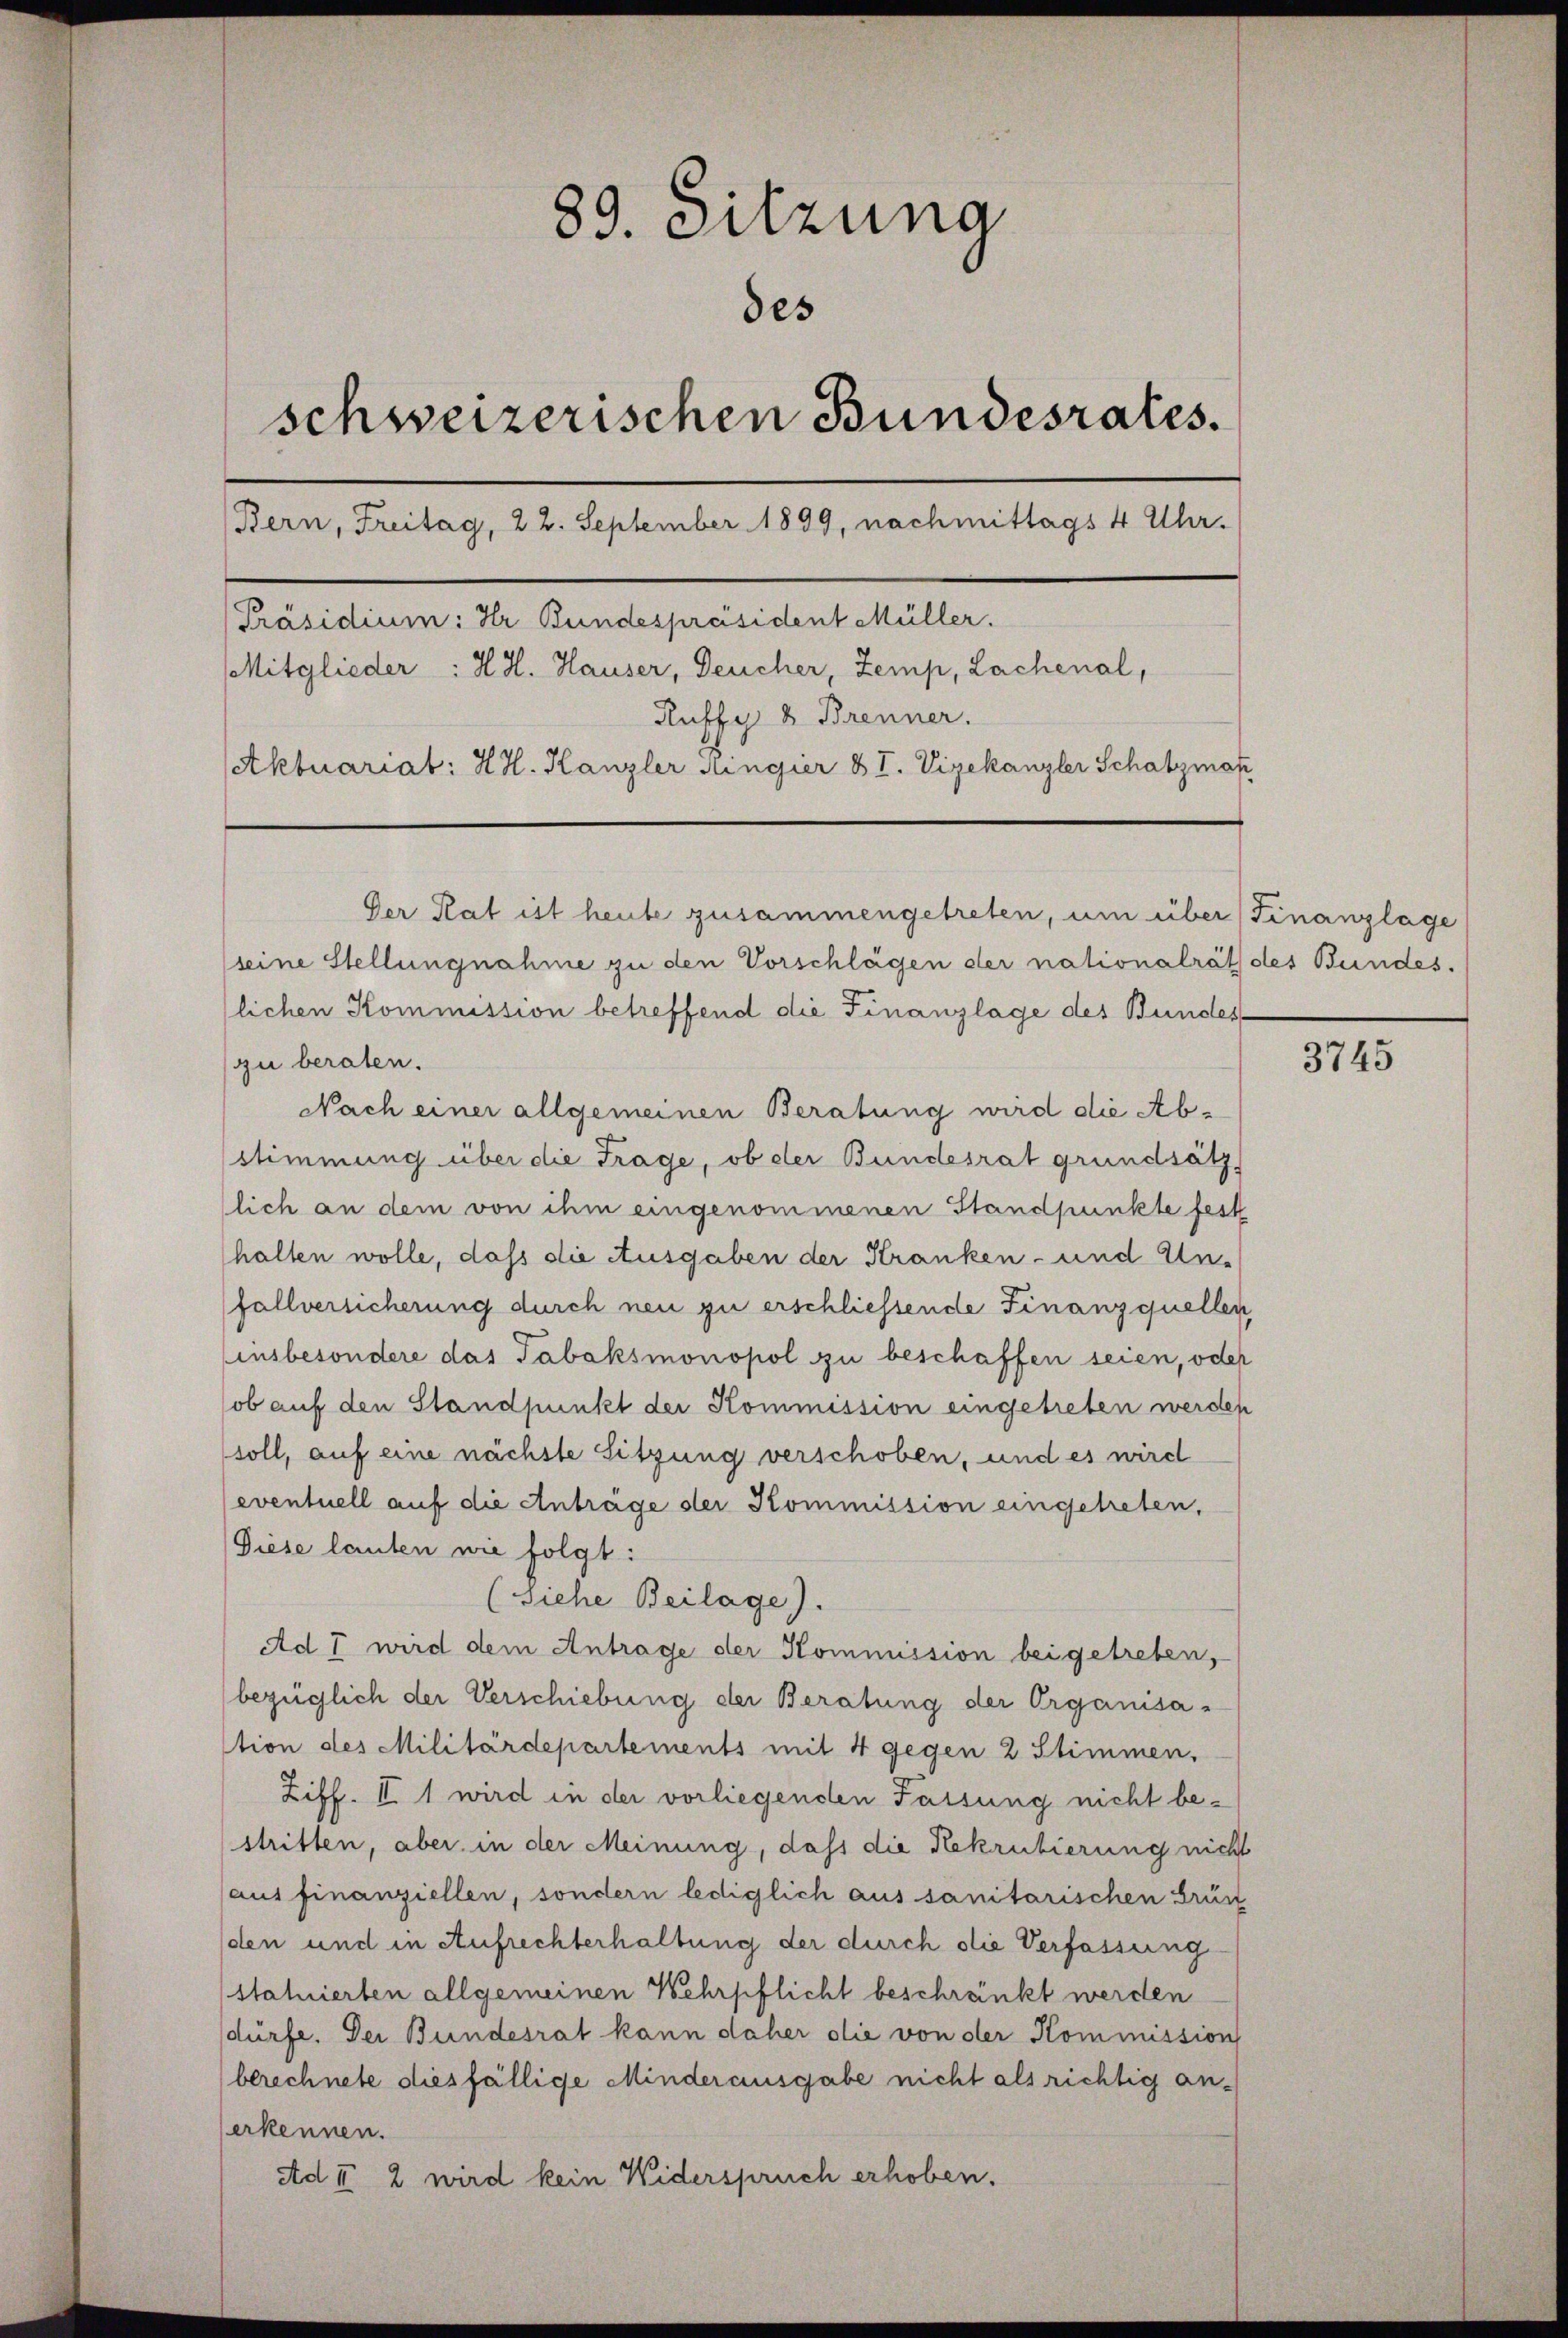
89. Sitzung
des
schweizerischen Bundesrates.
Bern, Freitag, 22. September 1899, nachmittags 4 Uhr.
[Präsidium: Ir Bundespräsident Müller.
Mitglieder : H. H. Hauser, Deucher, Zemp, Lachenal,
Ruffy & Brenner.
(Aktuariat: H. H. Kanzler Ringier & I. Vizekanzler Schatzman

Der Rat ist heute zusammengetreten, um über Finanzlage
seine Stellungnahme zu den Vorschlägen der nationalrät des Bundes.
lichen Kommission betreffend die Finanzlage des Bundes
zu beraten.
Nach einer allgemeinen Beratung wird die Abstimmung über die Frage, ob der Bundesrat grundsätz
lich an dem von ihm eingenommenen Standpunkte fest
halten wolle, daß die Ausgaben der Kranken- und Unfallversicherung durch neu zu erschliessende Finanzquellen
(insbesondere das Tabaksmonopol zu beschaffen seien, oder
ob auf den Standpunkt der Kommission eingetreten werden
soll, auf eine nächste Sitzung verschoben, und es wird
eventuell auf die Anträge der Kommission eingetreten,
Diese lauten wie folgt:
(Siehe Beilage).
Ad 7 wird dem Antrage der Kommission bei getreten,
bezüglich der Verschiebung der Beratung der Organisation des Militärdepartements mit 4 gegen 2 Stimmen,
Ziff. II 1 wird in der vorliegenden Fassung nicht bestritten, aber in der Meinung, dass die Rekrutierung nicht
aus finanziellen, sondern lediglich aus sanitarischen Grün
den und in Aufrechterhaltung der durch die Verfassung
(statierten allgemeinen Wehrpflicht beschränkt werden
dürfe. Der Bundesrat kann daher die von der Kommission
berechnete diesfällige Minderausgabe nicht als richtig anerkennen.
Ad II 2 wird kein Widerspruch erhoben.

3745